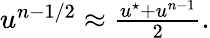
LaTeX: \begin{array}{r}{u^{n-1/2}\approx\frac{u^{\star}+u^{n-1}}{2}.}\end{array}